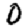
Digit: 0